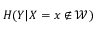
H ( Y | X = x \notin \mathcal { W } )